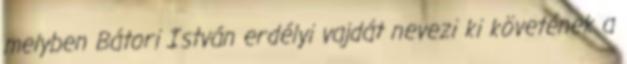
melyben Bátori István erdélyi vajdát nevezi ki követének a